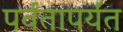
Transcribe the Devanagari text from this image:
पर्वतापर्यंत